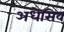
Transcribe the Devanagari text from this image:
अधेसिव